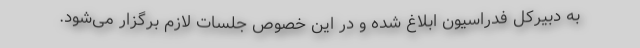
به دبیرکل فدراسیون ابلاغ شده و در این خصوص جلسات لازم برگزار می‌شود.